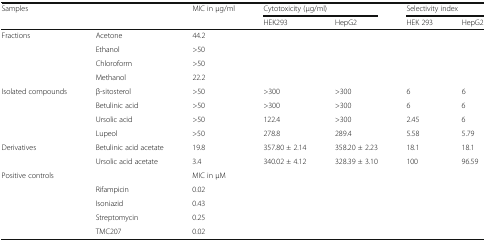
| <COLSPAN=2> Samples | MIC in μg/ml | <COLSPAN=2> Cytotoxicity (μg/ml) | <COLSPAN=2> Selectivity index |
 | <COLSPAN=2>  |  | HEK293 | HepG2 | HEK 293 | HepG2 |
 | --- | --- | --- | --- | --- | --- | --- |
 | <ROWSPAN=4> Fractions | Acetone | 44.2 |  |  |  |  |
 | Ethanol | >50 |  |  |  |  |
 | Chloroform | >50 |  |  |  |  |
 | Methanol | 22.2 |  |  |  |  |
 | <ROWSPAN=4> Isolated compounds | β-sitosterol | >50 | >300 | >300 | 6 | 6 |
 | Betulinic acid | >50 | >300 | >300 | 6 | 6 |
 | Ursolic acid | >50 | 122.4 | >300 | 2.45 | 6 |
 | Lupeol | >50 | 278.8 | 289.4 | 5.58 | 5.79 |
 | <ROWSPAN=2> Derivatives | Betulinic acid acetate | 19.8 | 357.80 ± 2.14 | 358.20 ± 2.23 | 18.1 | 18.1 |
 | Ursolic acid acetate | 3.4 | 340.02 ± 4.12 | 328.39 ± 3.10 | 100 | 96.59 |
 | <ROWSPAN=5> Positive controls |  | MIC in μM |  |  |  |  |
 | Rifampicin | 0.02 |  |  |  |  |
 | Isoniazid | 0.43 |  |  |  |  |
 | Streptomycin | 0.25 |  |  |  |  |
 | TMC207 | 0.02 |  |  |  |  |